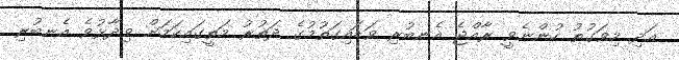
އަދި މިވަގުތު ހުންނެވީ ރާއްޖެ އެނބުރި ވަޑައިގަތުމުގެ ދަތުރު މަތީގައިކަމަށް ވިދާޅުވެ އެނބުރި